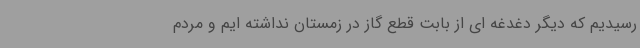
رسیدیم که دیگر دغدغه ای از بابت قطع گاز در زمستان نداشته ایم و مردم